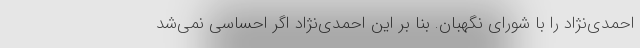
احمدی‌نژاد را با شورای نگهبان. بنا بر این احمدی‌نژاد اگر احساسی نمی‌شد